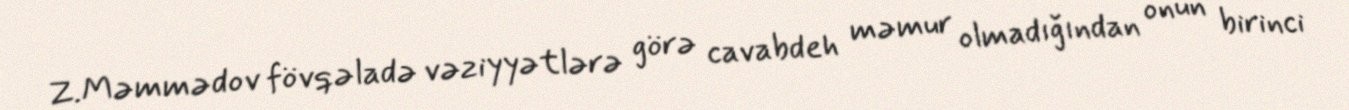
Z.Məmmədov fövqəladə vəziyyətlərə görə cavabdeh məmur olmadığından onun birinci